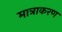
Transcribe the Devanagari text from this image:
मात्राकरण